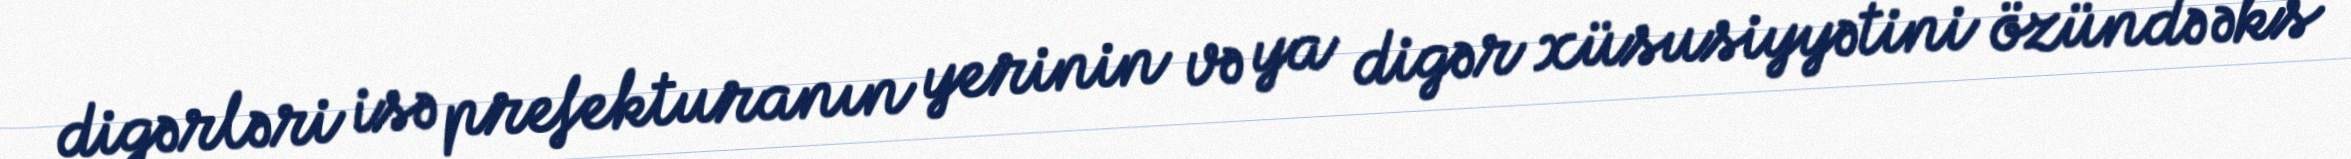
digərləri isə prefekturanın yerinin və ya digər xüsusiyyətini özündə əks